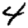
Digit: 4